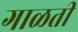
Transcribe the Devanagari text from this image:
गाळती